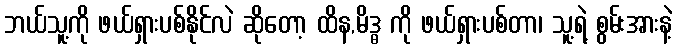
ဘယ်သူ့ကို ဖယ်ရှားပစ်နိုင်လဲ ဆိုတော့ ထိန,မိဒ္ဓ ကို ဖယ်ရှားပစ်တာ၊ သူ့ရဲ့ စွမ်းအားနဲ့